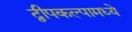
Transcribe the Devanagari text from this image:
द्वीपकल्पामध्ये